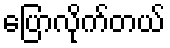
ပြောလိုက်တယ်